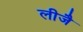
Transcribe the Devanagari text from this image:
लीजै